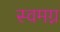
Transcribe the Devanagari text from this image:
स्वमग्न